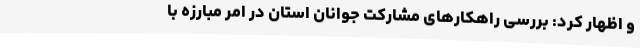
و اظهار کرد: بررسی راهکارهای مشارکت جوانان استان در امر مبارزه با